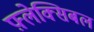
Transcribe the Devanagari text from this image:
फ़्लेक्सिबल